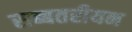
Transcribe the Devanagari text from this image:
सब्बतरीयन